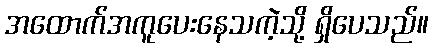
အထောက်အကူပေးနေသကဲ့သို့ ရှိပေသည်။